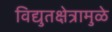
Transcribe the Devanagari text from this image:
विद्युतक्षेत्रामुळे